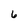
Character: 6